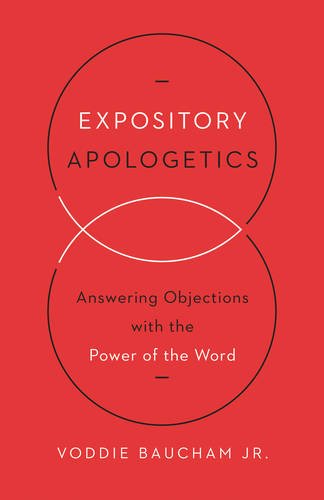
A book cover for Expository Apologetics: Answering Objections with the Power of the Word; Voddie Baucham Jr.; Christian Books & Bibles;